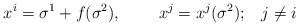
\begin{align*}x^{i}=\sigma^1+f(\sigma^2),\;\;\;\;\;\;\;\;x^{j}=x^{j}(\sigma^2);\;\;\;j\neq i\end{align*}